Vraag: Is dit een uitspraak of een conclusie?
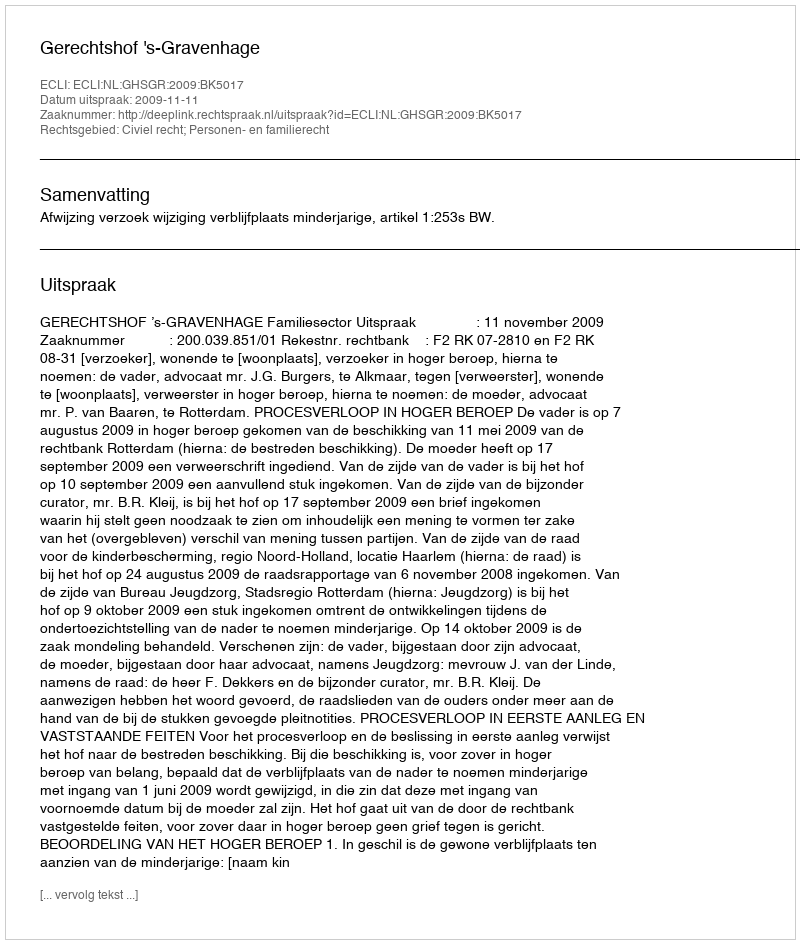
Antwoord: Uitspraak